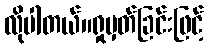
လိုပါတယ်။ရှုမှတ်ခြင်းဖြင့်